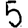
Digit: 5